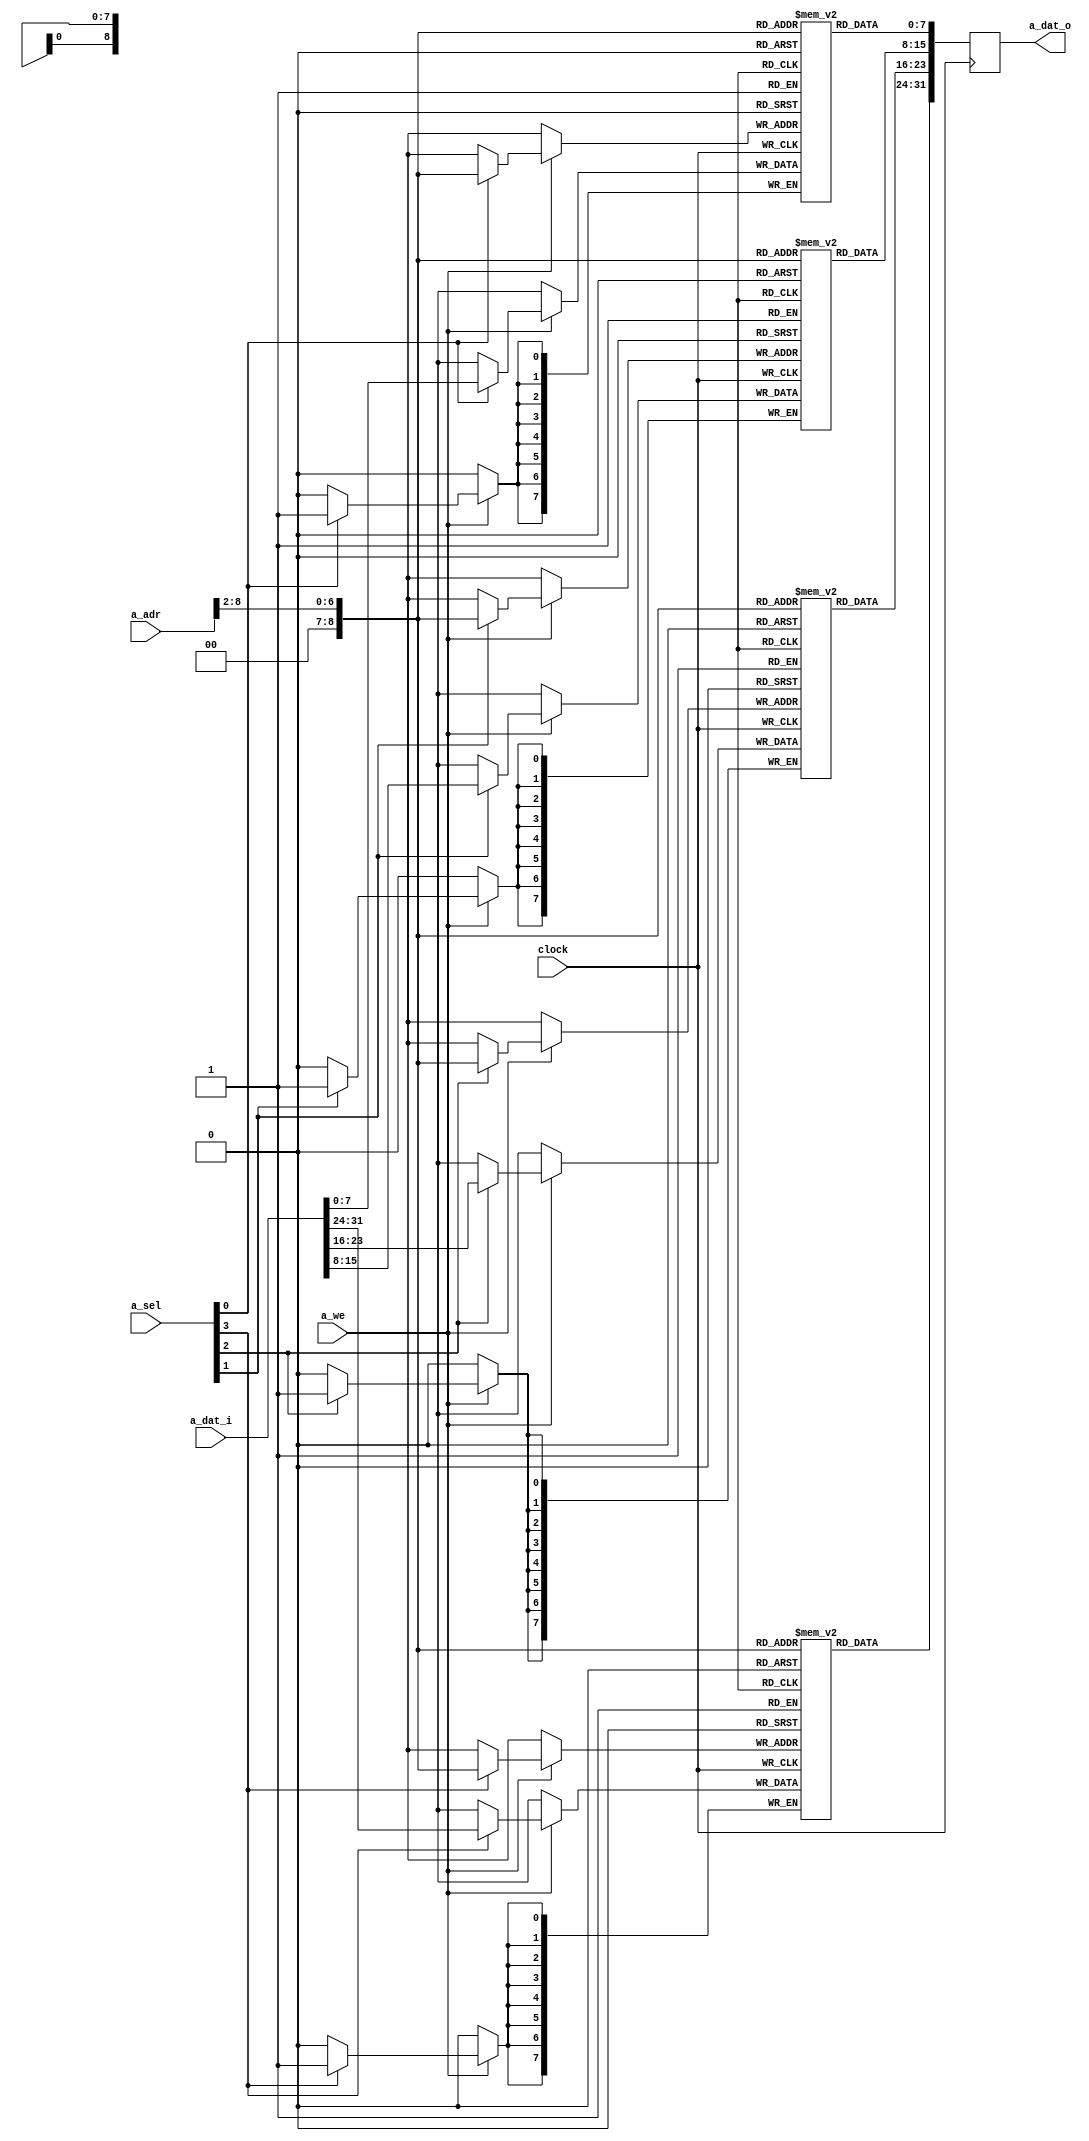

module spram_byte_en #(
	parameter ADDR_BITS = 9, // 8=1KB 9=2KB 10=4KB
	parameter DATA_BITS = 32
	) (
	input				clock,
	// Port A
	input  [ADDR_BITS-1:0]		a_adr,
	input  [DATA_BITS-1:0]		a_dat_i,
	output reg [DATA_BITS-1:0]	a_dat_o,
	input						a_we,
	input  [DATA_BITS/8-1:0]	a_sel);

	reg[7:0]		ram_0[(1 << ADDR_BITS)-1:0];
	reg[7:0]		ram_1[(1 << ADDR_BITS)-1:0];
	reg[7:0]		ram_2[(1 << ADDR_BITS)-1:0];
	reg[7:0]		ram_3[(1 << ADDR_BITS)-1:0];

	always @(posedge clock) begin
		if (a_we) begin
			if (a_sel[0]) ram_0[a_adr[ADDR_BITS-1:2]] <= a_dat_i[7:0];
			if (a_sel[1]) ram_1[a_adr[ADDR_BITS-1:2]] <= a_dat_i[15:8];
			if (a_sel[2]) ram_2[a_adr[ADDR_BITS-1:2]] <= a_dat_i[23:16];
			if (a_sel[3]) ram_3[a_adr[ADDR_BITS-1:2]] <= a_dat_i[31:24];
		end
		a_dat_o[7:0]   <= ram_0[a_adr[ADDR_BITS-1:2]];
		a_dat_o[15:8]  <= ram_1[a_adr[ADDR_BITS-1:2]];
		a_dat_o[23:16] <= ram_2[a_adr[ADDR_BITS-1:2]];
		a_dat_o[31:24] <= ram_3[a_adr[ADDR_BITS-1:2]];
	end

endmodule